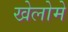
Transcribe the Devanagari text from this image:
खेलोमे